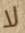
لا